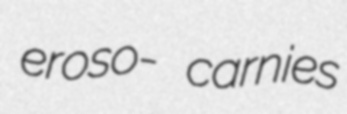
eroso- carnies